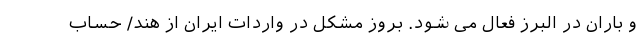
و باران در البرز فعال می شود. بروز مشکل در واردات ایران از هند/ حساب